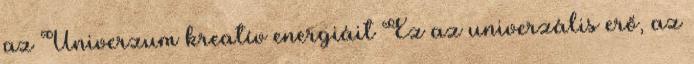
az Univerzum kreatív energiáit Ez az univerzális erő, az